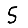
Digit: 5